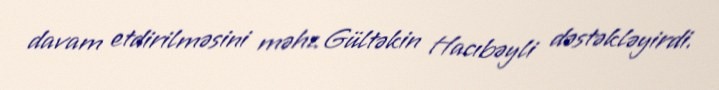
davam etdirilməsini məhz Gültəkin Hacıbəyli dəstəkləyirdi.